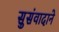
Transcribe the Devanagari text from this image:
सुसंवादाने